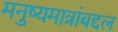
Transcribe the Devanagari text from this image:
मनुष्यमात्रांबद्दल